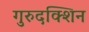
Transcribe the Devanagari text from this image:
गुरुदक्शिन